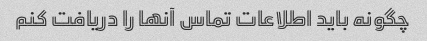
چگونه باید اطلاعات تماس آنها را دریافت کنم